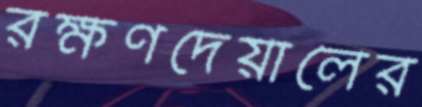
রক্ষণদেয়ালের